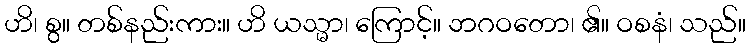
ဟိ၊ စွ။ တစ်နည်းကား။ ဟိ ယသ္မာ၊ ကြောင့်။ ဘဂဝတော၊ ၏။ ဝစနံ၊ သည်။